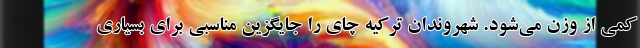
کمی از وزن می‌شود. شهروندان ترکیه چای را جایگزین مناسبی برای بسیاری